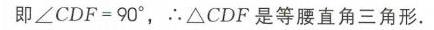
即\(\angle CDF = 90^{\circ}\)，\(\therefore\triangle CDF\)是等腰直角三角形.